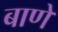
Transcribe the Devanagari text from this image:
बाणे